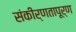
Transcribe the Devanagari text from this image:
संकीर्णतापूर्ण